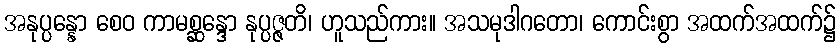
အနုပ္ပန္နော စေဝ ကာမစ္ဆန္ဒော နုပ္ပဇ္ဇတိ၊ ဟူသည်ကား။ အသမုဒါဂတော၊ ကောင်းစွာ အထက်အထက်၌